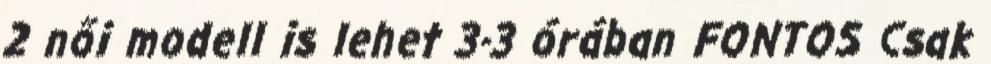
2 női modell is lehet 3-3 órában FONTOS Csak